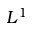
L ^ { 1 }